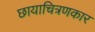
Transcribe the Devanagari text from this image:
छायाचित्रणकार